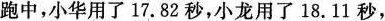
跑中，小华用了17.82秒，小龙用了18.11秒，